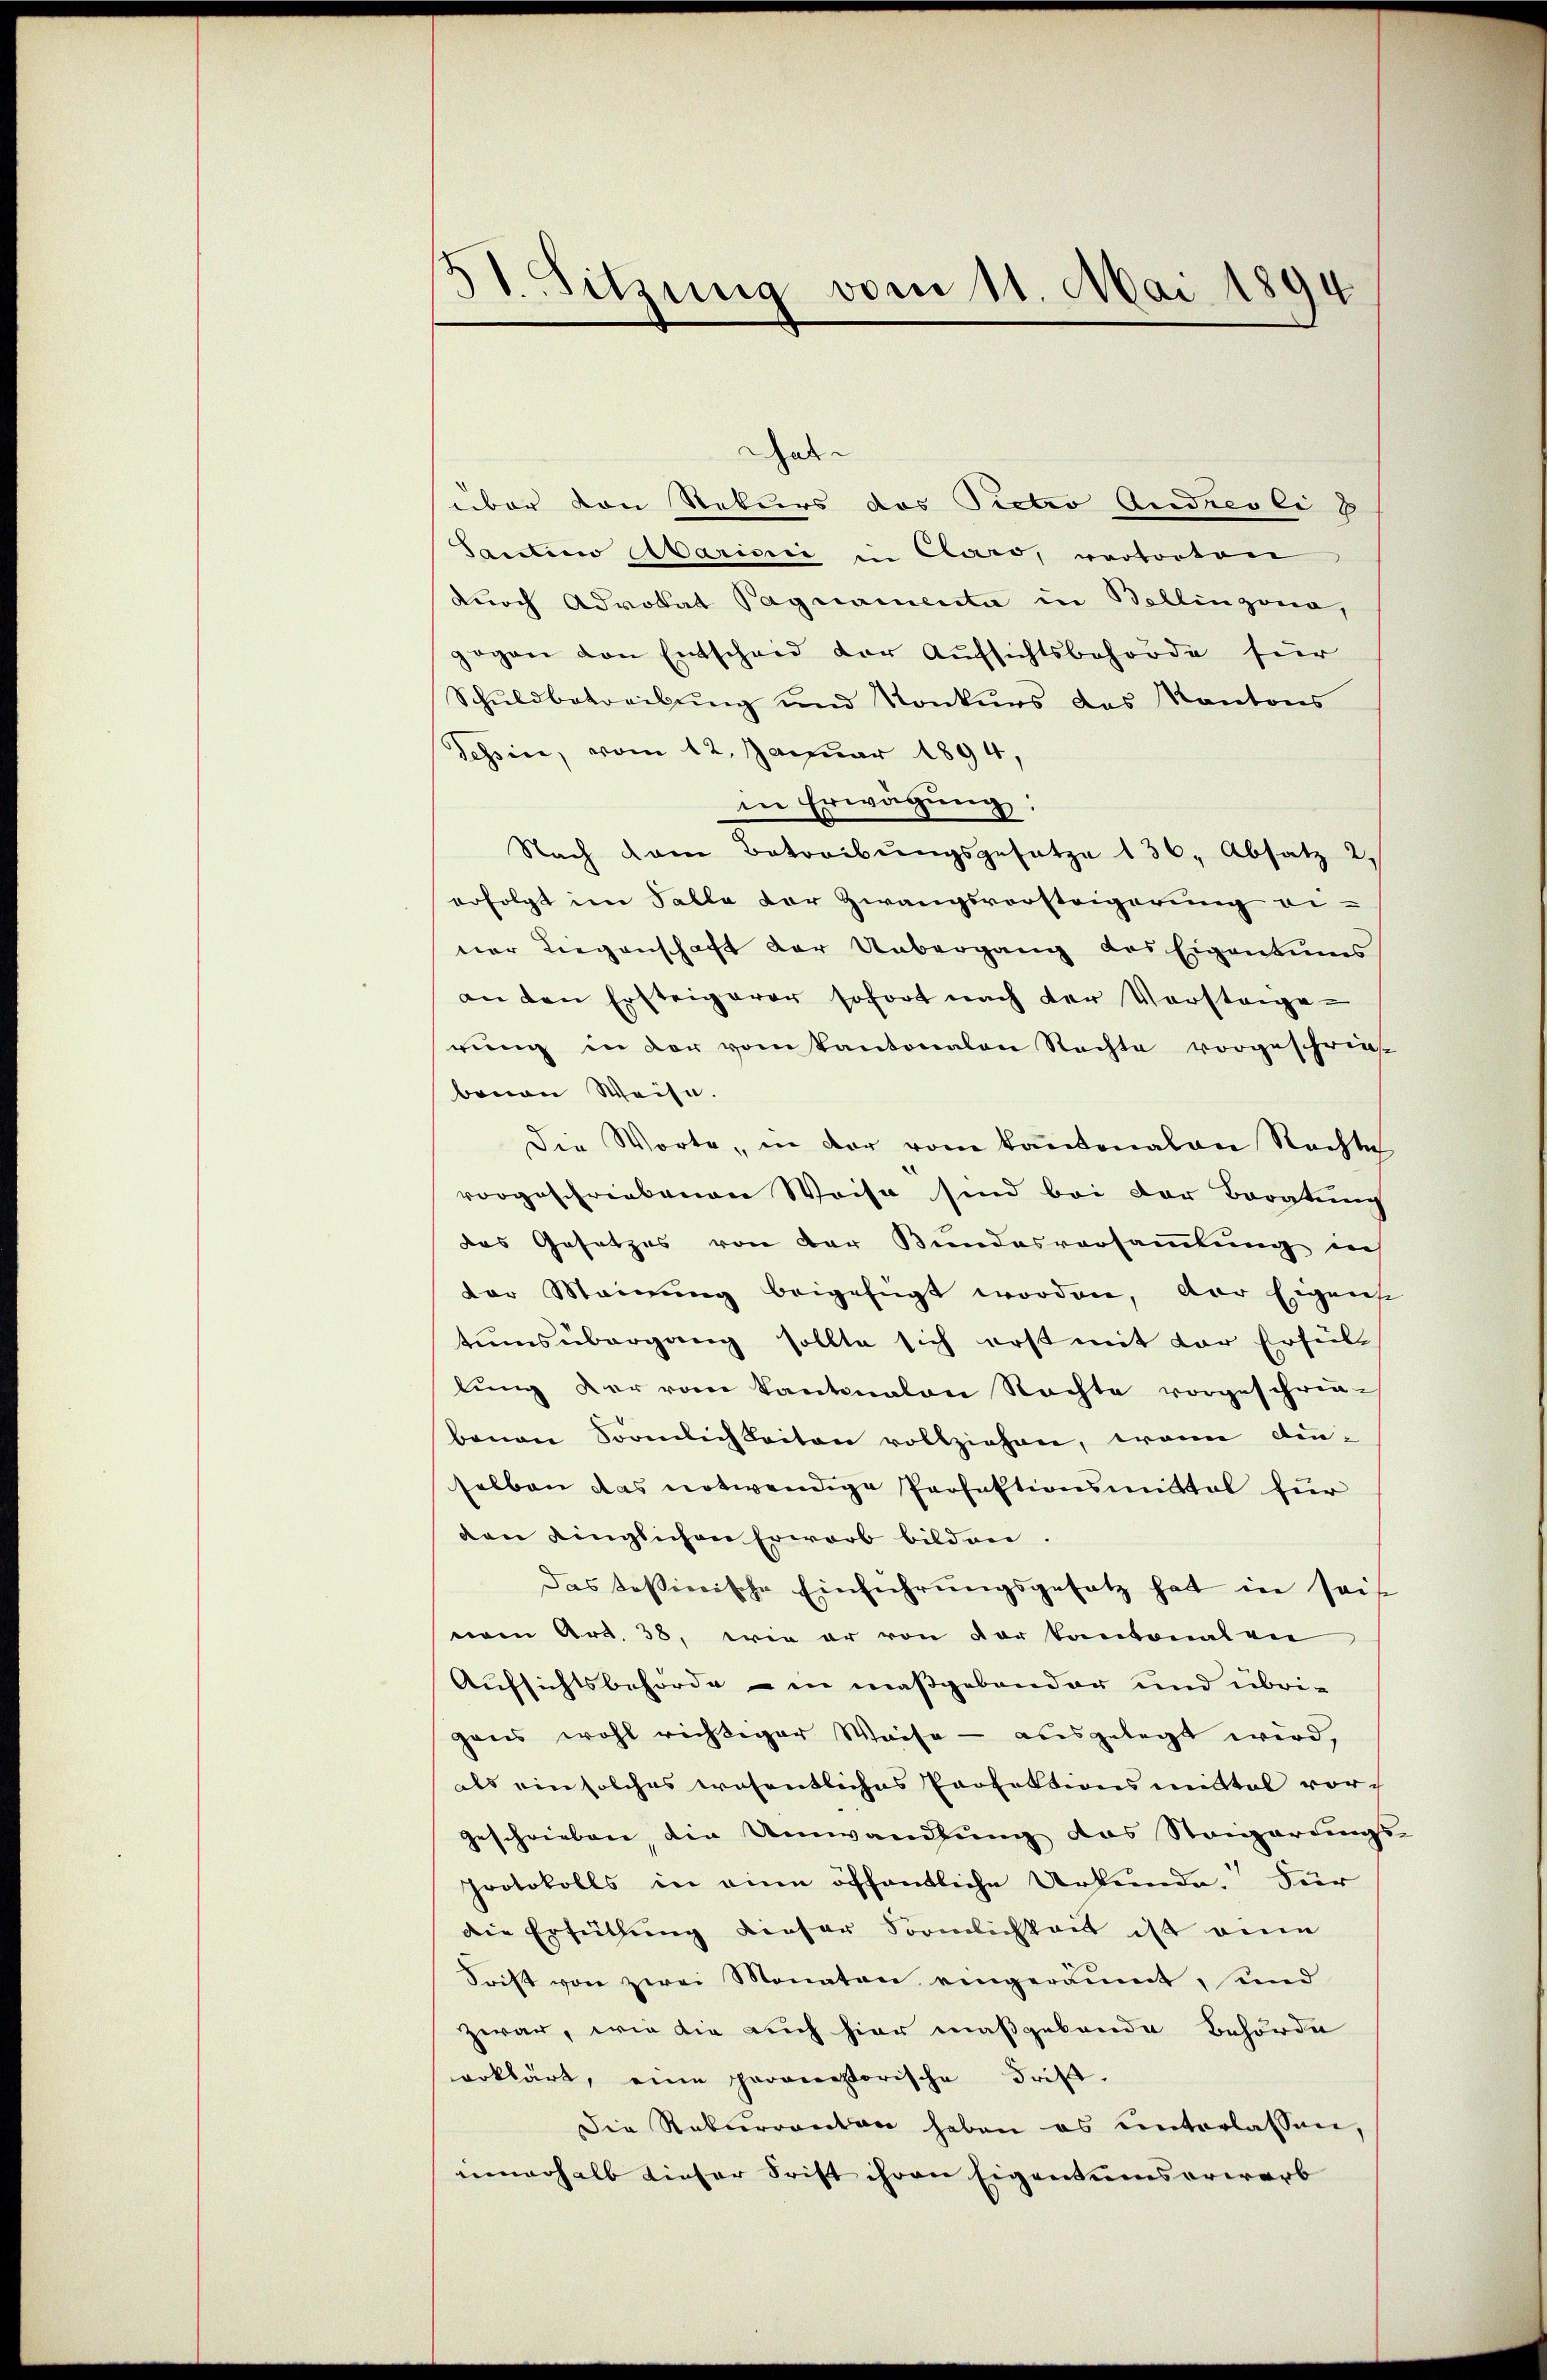
11. Sitzung vom 11. Mai 1894

habe
über von Rekurs das Pietro Andreoli 8
Santino Marini in Claro, vortorten
durch Advokat Pagnamenta in Bellinzona,
gegen von Entscheid der Aufsichtsbehörde für
Schŭldbetreibŭng und Konkurs des Kantons
Tessin, vom 12. Januar 1894,
in Erwägung:
Nach dem Betreibŭngsgesetze 136. Absatz 2.
erfolgt im Talle der Zwangsvorsteigerung einer Liegenschaft der Uebergang des Eigentums
an den Ersteigerer sofort nach der Vorstange-
rŭng in der vom Kantonalen Rechte vorgeschrief
benau Weise.
Die Worte, in der vom Kantonalen Rechte
vorgeschriebenen Weise sind bei der Beratung
das Gesetzes von der Bundesversammlung in
dor Meinung beigefügt worden, der Eigens
tumsübergang sollte sich erst mit der Erfüll
lung der vom Kantonalen Rechte vorgeschrie-
banen Förmlich Leiten vollziehen, wenn denselben das notwendige Perfektionsmittel für
den dinglichen Erwarb bilden
das Tessierische Einführungsgesatz hat in sei
eim Art. 38, wie er von der kantonalen
Aufsichtsbehörde in maßgebonder und übri-
gens wohl richtiger Weise - ausgelegt wird,
als ein solches wesentliches Profektionsmittel vor¬
Geschrieben, die Umwandlung das Stangerungs-
protokolls in eine öffentliche Urkunde. Für
die Erfüllung dieser Förmlichkeit ist ein
Frist von zwei Monaten eingeräumt, und
zwar, wie die auch hier maßgebende Behörde
erklärt, eine parverstorische Frist.
Die Rekurrenten haben es unterlassen,
nnnerhalb dieser Frist ihren Eigentumserwarb |